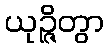
ယုဉ္ဇိတွာ